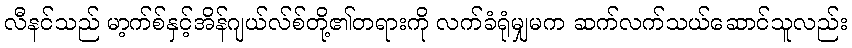
လီနင်သည် မာ့က်စ်နှင့်အိန်ဂျယ်လ်စ်တို့၏တရားကို လက်ခံရုံမျှမက ဆက်လက်သယ်ဆောင်သူလည်း